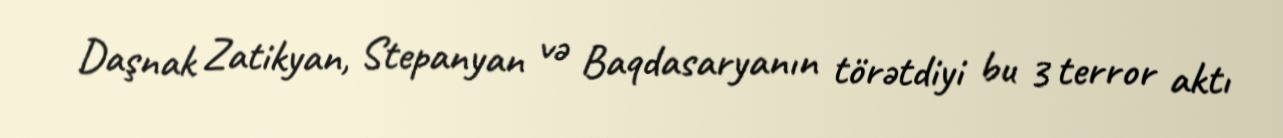
Daşnak Zatikyan, Stepanyan və Baqdasaryanın törətdiyi bu 3 terror aktı